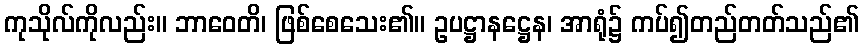
ကုသိုလ်ကိုလည်း။ ဘာဝေတိ၊ ဖြစ်စေသေး၏။ ဥပဋ္ဌာနဋ္ဌေန၊ အာရုံ၌ ကပ်၍တည်တတ်သည်၏